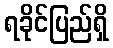
ရခိုင်ပြည်ရှိ